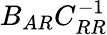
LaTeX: B_{AR}C_{RR}^{-1}